Annual vaccination report of Bihar and Orissa - 1911-1928
Year: 1911
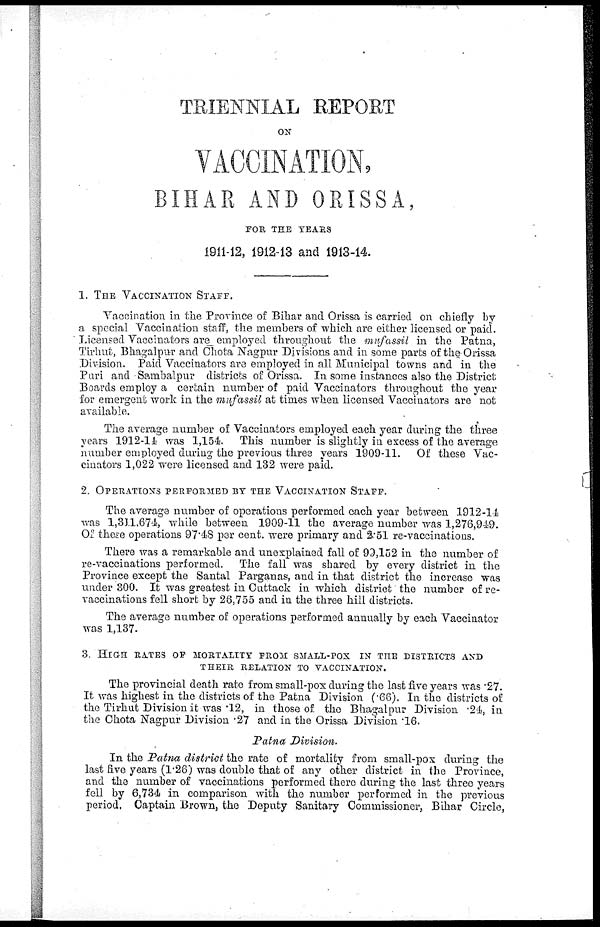
TRIENNIAL REPORT
ON
VACCINATION,
BIHAR AND ORISSA,
FOR THE YEARS
1911-12, 1912-13 and 1913-14.
1. THE VACCINATION STAFF.
Vaccination in the Province of Bihar and Orissa is carried on chiefly by
a special Vaccination staff, the members of which are either licensed or paid.
Licensed Vaccinators are employed throughout the mufassil in the Patna,
Tirhut, Bhagalpur and Chota Nagpur Divisions and in some parts of the-Orissa
Division. Paid Vaccinators are employed in all Municipal towns and in the
Puri and Sambalpur districts of Orissa. In some instances also the District
Boards employ a certain number of paid Vaccinators throughout the year
for emergent work in the mufassil at times when licensed Vaccinators are not
available.
The average number of Vaccinators employed each year during the three
years 1912-14 was 1,154. This number is slightly in excess of the average
number employed during the previous three years 1909-11. Of these Vac-
cinators 1,022 were licensed and 132 were paid.
2. OPERATIONS PERFORMED BY THE VACCINATION STAFF.
The average number of operations performed each year between 1912-14
was 1,311,674, while between 1909-11 the average number was 1,276,949.
Of these operations 97.48 per cent. were primary and 2.51 re-vaccinations.
There was a remarkable and unexplained fall of 99,152 in the number of
re-vaccinations performed. The fall was shared by every district in the
Province except the Santal Parganas, and in that district the increase was
under 300. It was greatest in Cuttack in which district the number of re-
vaccinations fell short by 26,755 and in the three hill districts.
The average number of operations performed annually by each Vaccinator
was 1,137.
3. HIGH RATES OF MORTALITY FROM SMALL-POX IN THE DISTRICTS AND
THEIR RELATION TO VACCINATION.
The provincial death rate from small-pox during the last five years was .27.
It was highest in the districts of the Patna Division (.66). In the districts of
the Tirhut Division it was .12, in those of the Bhagalpur Division .24, in
the Chota Nagpur Division .27 and in the Orissa Division .16.
Patna Division.
In the Patna district the rate of mortality from small-pox during the
last five years (1.26) was double that of any other district in the Province,
and the number of vaccinations performed there during the last three years
fell by 6,734 in comparison with the number performed in the previous
period. Captain Brown, the Deputy Sanitary Commissioner, Bihar Circle,